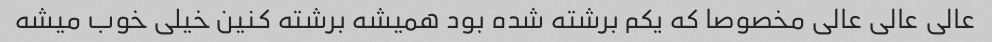
عالی عالی عالی مخصوصا که یکم برشته شده بود همیشه برشته کنین خیلی خوب میشه